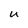
Character: U